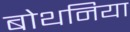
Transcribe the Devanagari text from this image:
बोथनिया